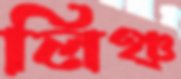
লিঞ্চ